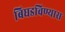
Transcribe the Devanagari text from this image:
बिघडविण्यास